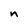
Character: n